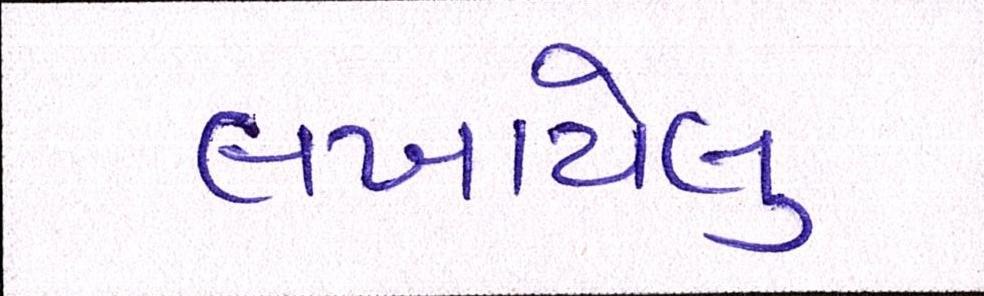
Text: લખાયેલુ